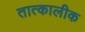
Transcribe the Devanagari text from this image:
तात्‍कालीक